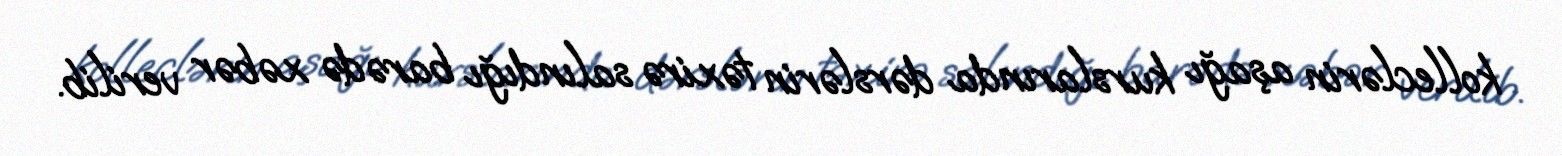
kolleclərin aşağı kurslarında dərslərin təxirə salındığı barədə xəbər verilib.